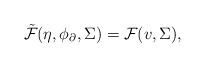
LaTeX: \begin{align*} \tilde{\mathcal{F}}(\eta,\phi_{\partial},\Sigma)=\mathcal{F}(v,\Sigma),\end{align*}